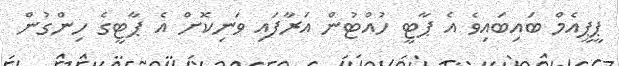
ޕީޕީއެމް ބައިބައިވެ އެ ޕާޓީ ހުއްޓުން އަރާފައި ވަނިކޮށް އެ ޕާޓީގެ ހިންގުން